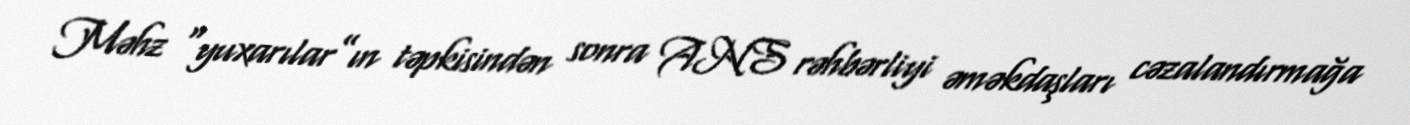
Məhz “yuxarılar”ın təpkisindən sonra ANS rəhbərliyi əməkdaşları cəzalandırmağa